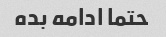
حتما ادامه بده